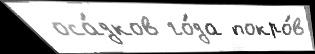
 оса́дков го́да покро́в